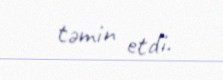
təmin etdi.